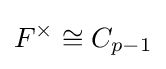
F^{\times }\cong C_{p-1}